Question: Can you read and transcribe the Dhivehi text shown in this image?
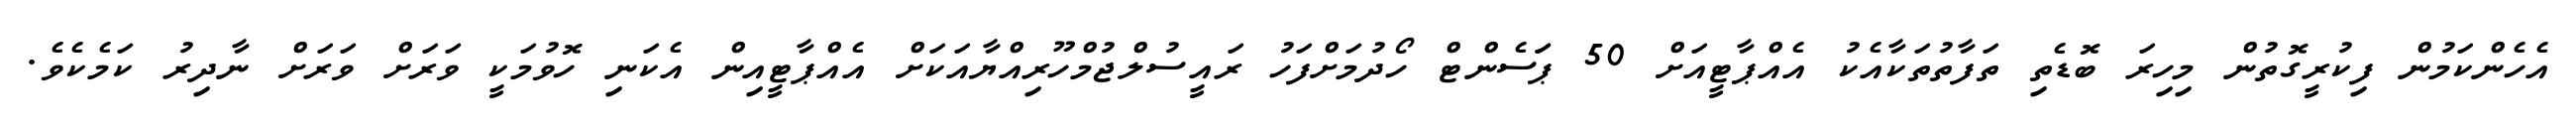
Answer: އެހެންކަމުން ފިކުރީގޮތުން މިހިރަ ބޮޑެތި ތަފާތުތަކާއެކު އެއްޕާޓީއަށް 50 ޕަަސެންޓް ހޯދުމަށްފަހު ރައީސުލްޖުމްހޫރިއްޔާއަކަށް އެއްޕާޓީއިން އެކަނި ހޮވުމަކީ ވަރަށް ވަރަށް ނާދިރު ކަމެކެވެ.